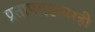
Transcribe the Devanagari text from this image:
प्रतापगडावरही